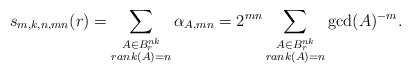
\begin{align*} s_{m, k, n, mn}(r) = \sum_{\substack{ A \in B_r^{nk} \\ rank(A) = n }} \alpha_{A, mn} = 2^{mn} \sum_{\substack{ A \in B_r^{nk} \\ rank(A) = n }} \gcd(A)^{-m}.\end{align*}